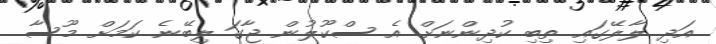
އަދި ލާލޭގައި ތިބި ކުދިންނަށް އެ ސްކޫލުން ޖާގަ ލިބޭނެ ކަމަށް މޫސާ